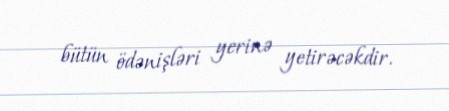
bütün ödənişləri yerinə yetirəcəkdir.